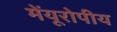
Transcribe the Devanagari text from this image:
मेंयूरोपीय